Annual administration report of the Civil Veterinary Department, Ajmere-Merwara, British Rajputana - 1914-1940
Year: 1914
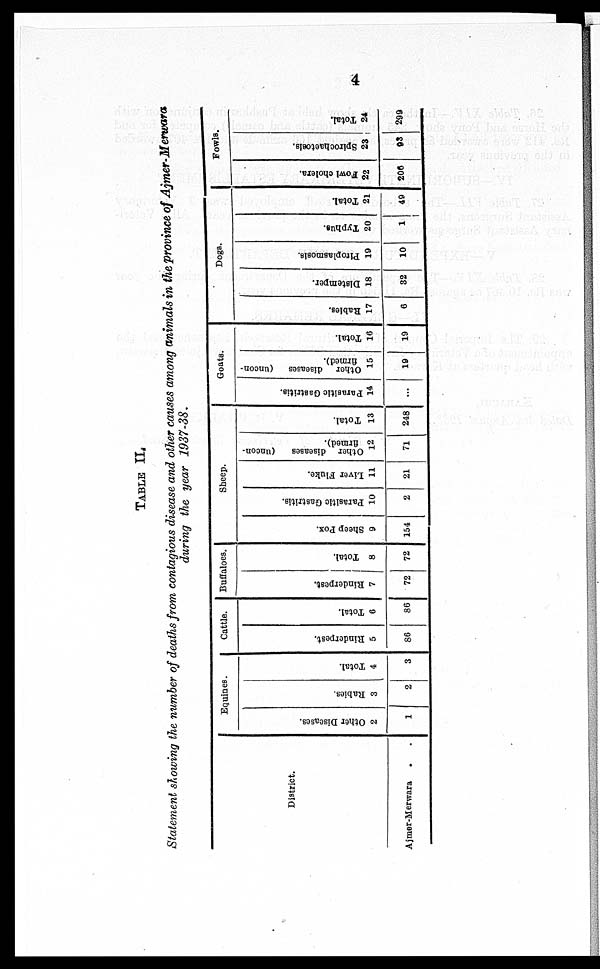
4
TABLE II .
Statement showing the number of deaths from contagious disease and other causes among animals in the province of Ajmer-Merwara
during the year 1937-38.
District.
Ajmer-Merwara . .
Equines.
Other Diseases.
2
1
Rabies.
3
2
Total.
4
3
Cattle.
Rinderpest.
5
86
Total.
6
86
Buffaloes.
Rinderpest.
7
72
Total.
8
72
Sheep.
Sheep Pox.
9
154
Parasitic Gastritis.
10
2
Liver Fluke.
11
21
Other diseases (uncon-
firmed).
12
71
Total.
13
248
Goats.
Parasitic Gastritis.
14
...
Other diseases (uncon-
firmed).
15
19
Total.
16
19
Dogs.
Rabies.
17
6
Distemper.
18
32
Piroplasmosis.
19
10
Typhus.
20
1
Total.
21
49
Fowls.
Fowl cholera.
22
206
Spirochaetosis.
23
93
Total.
24
299